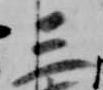
三